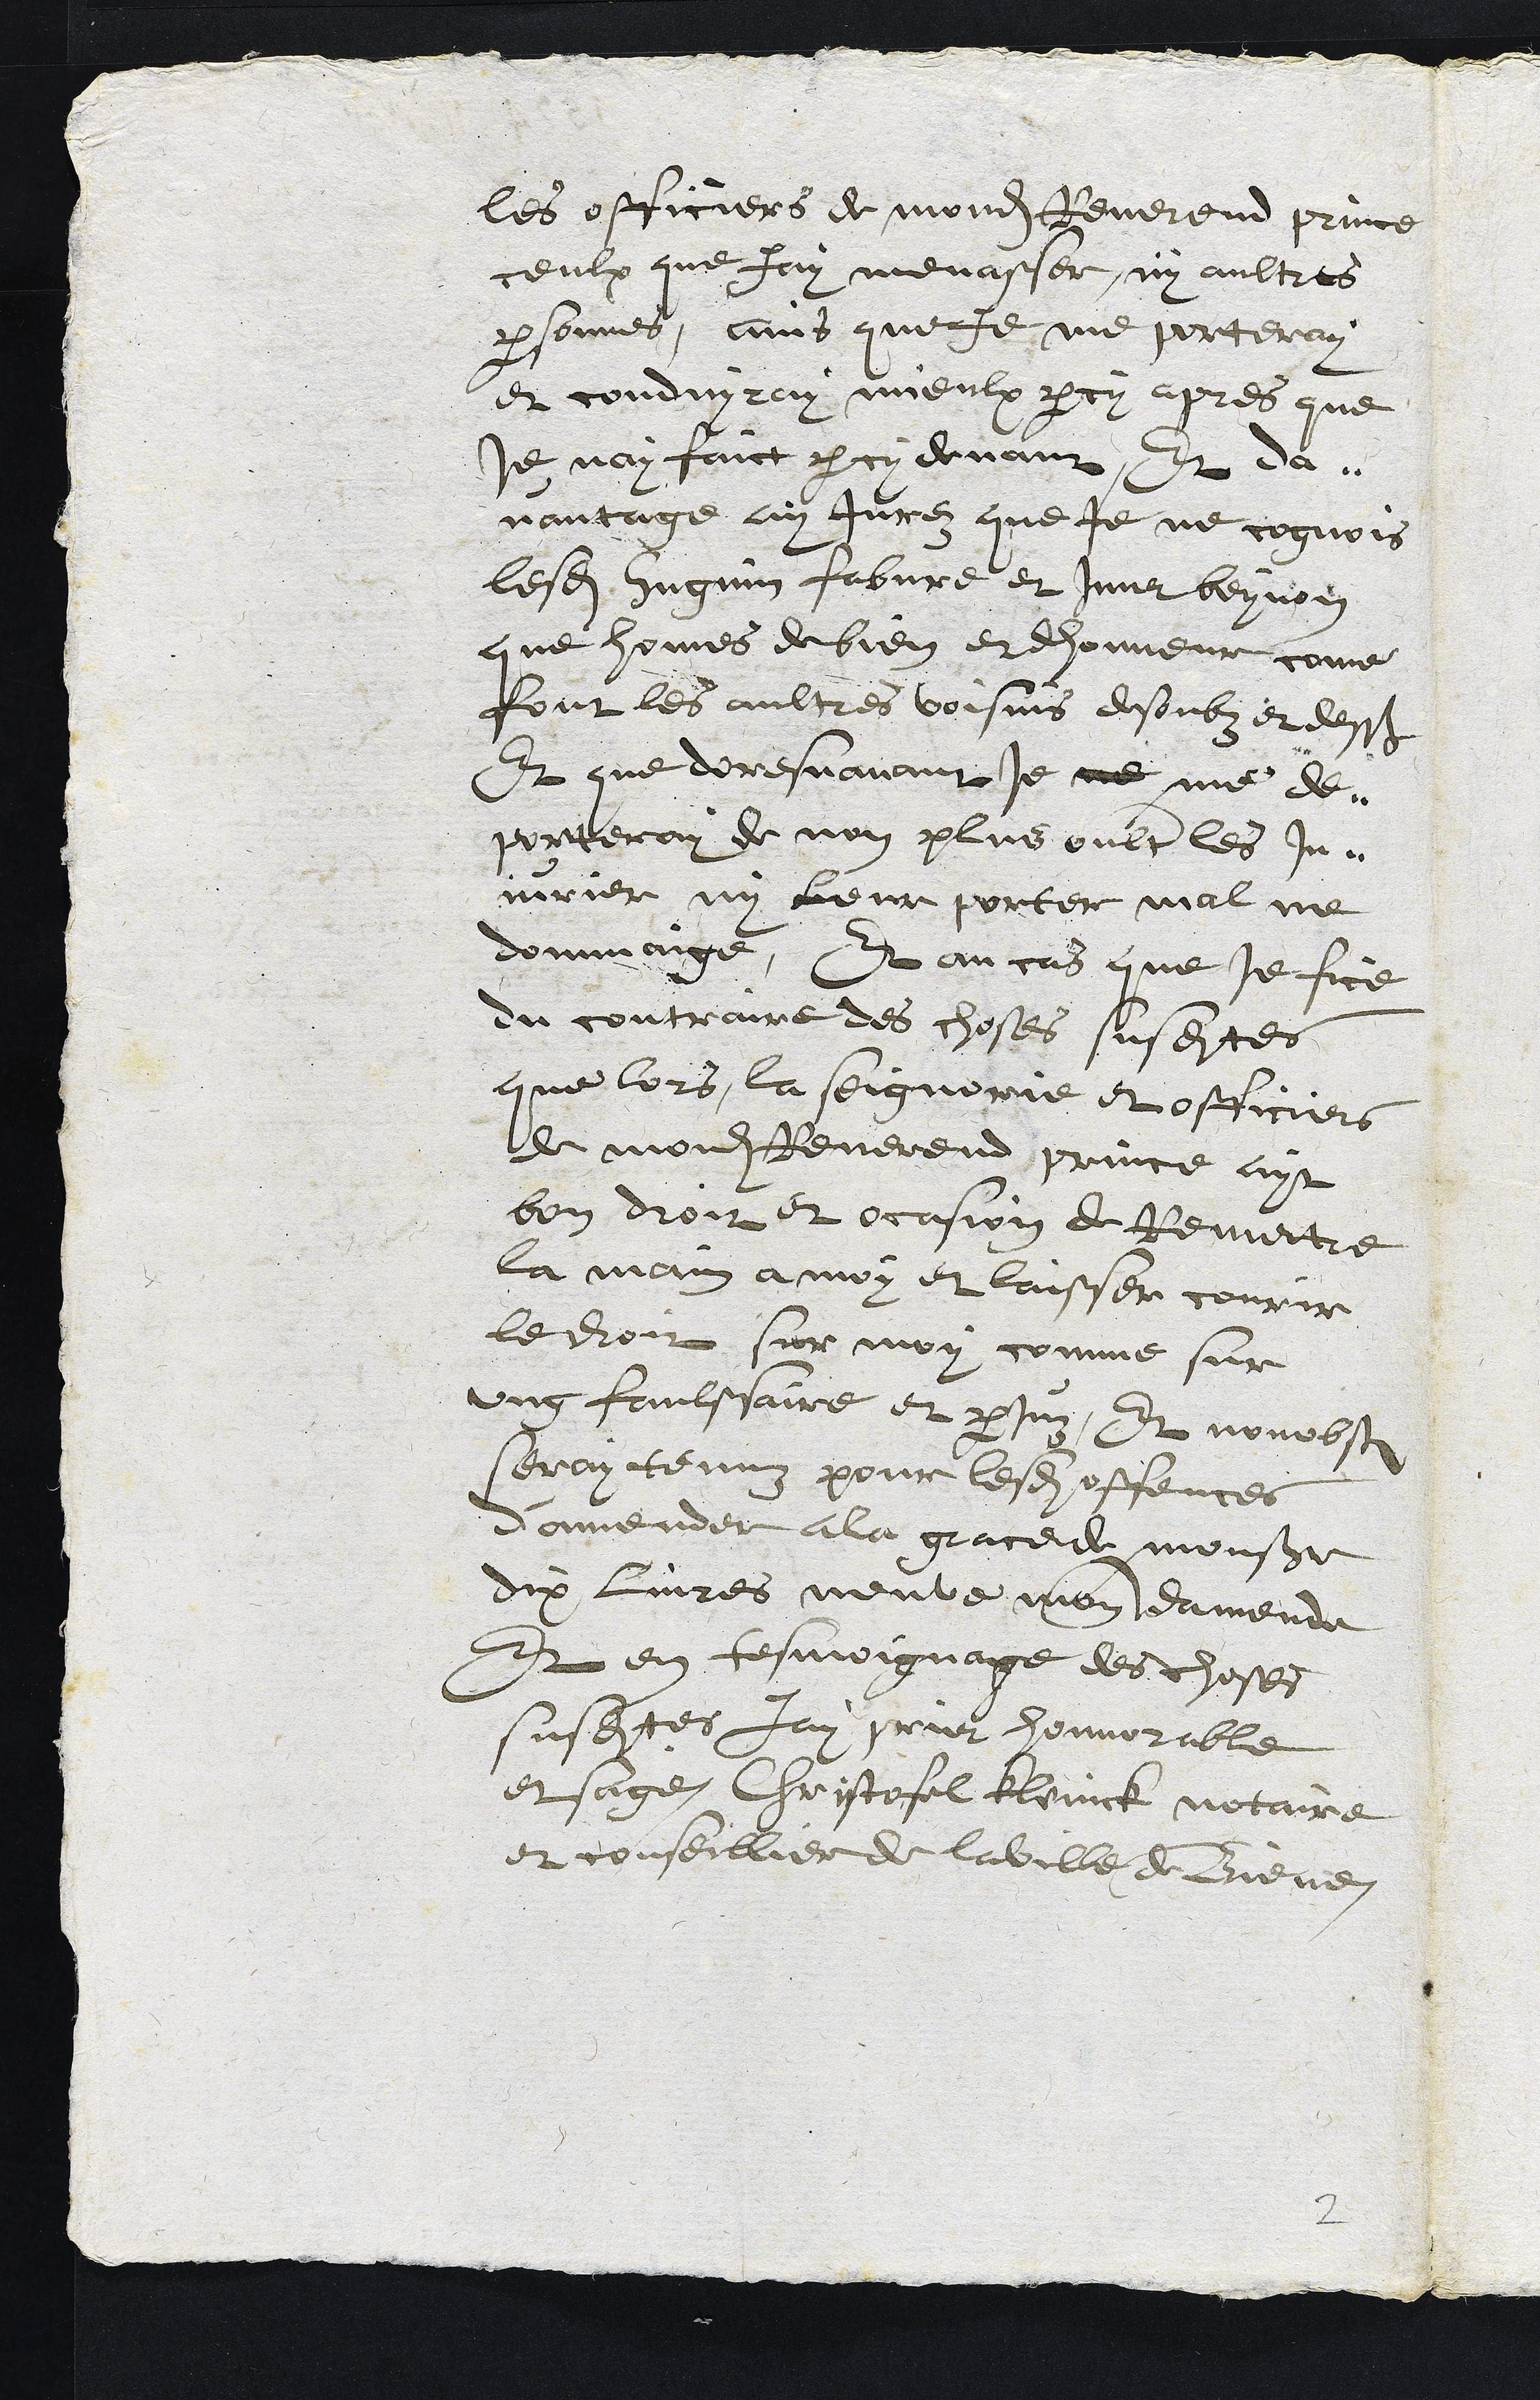
les officiers de mondit Reverend prince
ceulx que jay menasser, ny aultres
personnes, ains que je me porteray
et conduyray mieulx parcy apres que
je nay faict par cy devant, Et da-
vantage ay Jurez que je ne cognois
lesdits Hugnin fabvre et Imer beynon
que homes de bien et dhonneur come
font les aultres voisins desoubz et dessus
Et que doresnavant Je ne me de-
porteray de non plus oultre les in-
jurier ny leur porter mal ne
dommaige, Et au cas que je fice
du contraire des choses susdites
que lors la seigneurie et officiers
de mondit Reverend prince ayt
bon droit et occasion de Remettre
la main a moy et laisser courir
le droit sur moy comme sur
ung faulssaire et parjuz Et nonobstant
seray tenuz pour lesdits offences
d'amender a la grace de monsieur
dix livres neuve monn damende
Et en tesmoignage des choses
susdites jay prier honnorable
et sage Christofel Kleinck notaire
et conseillier de la ville de Biene
2